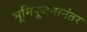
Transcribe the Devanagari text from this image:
भूमिपूजनानंतर